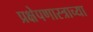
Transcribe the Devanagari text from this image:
प्रक्षेपणास्त्राच्या